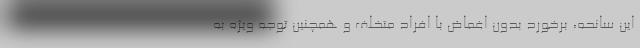
این سانحه، برخورد بدون اغماض با افراد متخلف و همچنین توجه ویژه به